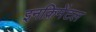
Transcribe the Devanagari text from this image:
इनक्रिमेंटल